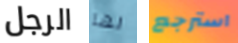
الرجل لها استرجع